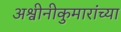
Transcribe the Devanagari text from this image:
अश्वीनीकुमारांच्या